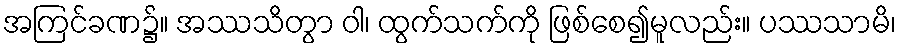
အကြင်ခဏ၌။ အဿသိတွာ ဝါ၊ ထွက်သက်ကို ဖြစ်စေ၍မူလည်း။ ပဿသာမိ၊